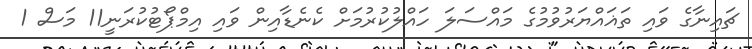
ޗައިނާގެ ވައި ތަޣައްޔަރުވުމުގެ މައްސަލަ ހައްލުކުރުމަށް ކެނެޑާއިން ވައި އިމްޕޯޓުކުރަނީ11 މަސް 1